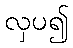
လှပ၍